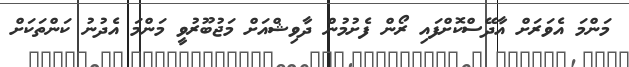
މަންމަ އެވަރަށް އާދޭސްކޮށްފައި ރޯން ފެށުމުން ދާވިޝްއަށް މަޖުބޫރުވީ މަންމަ އެދުނު ކަންތަކަށް